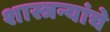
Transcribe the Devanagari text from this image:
शास्त्रन्यांचे